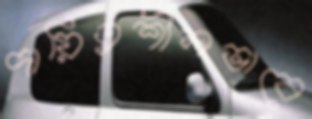
দায়িত্বশীলভাবে